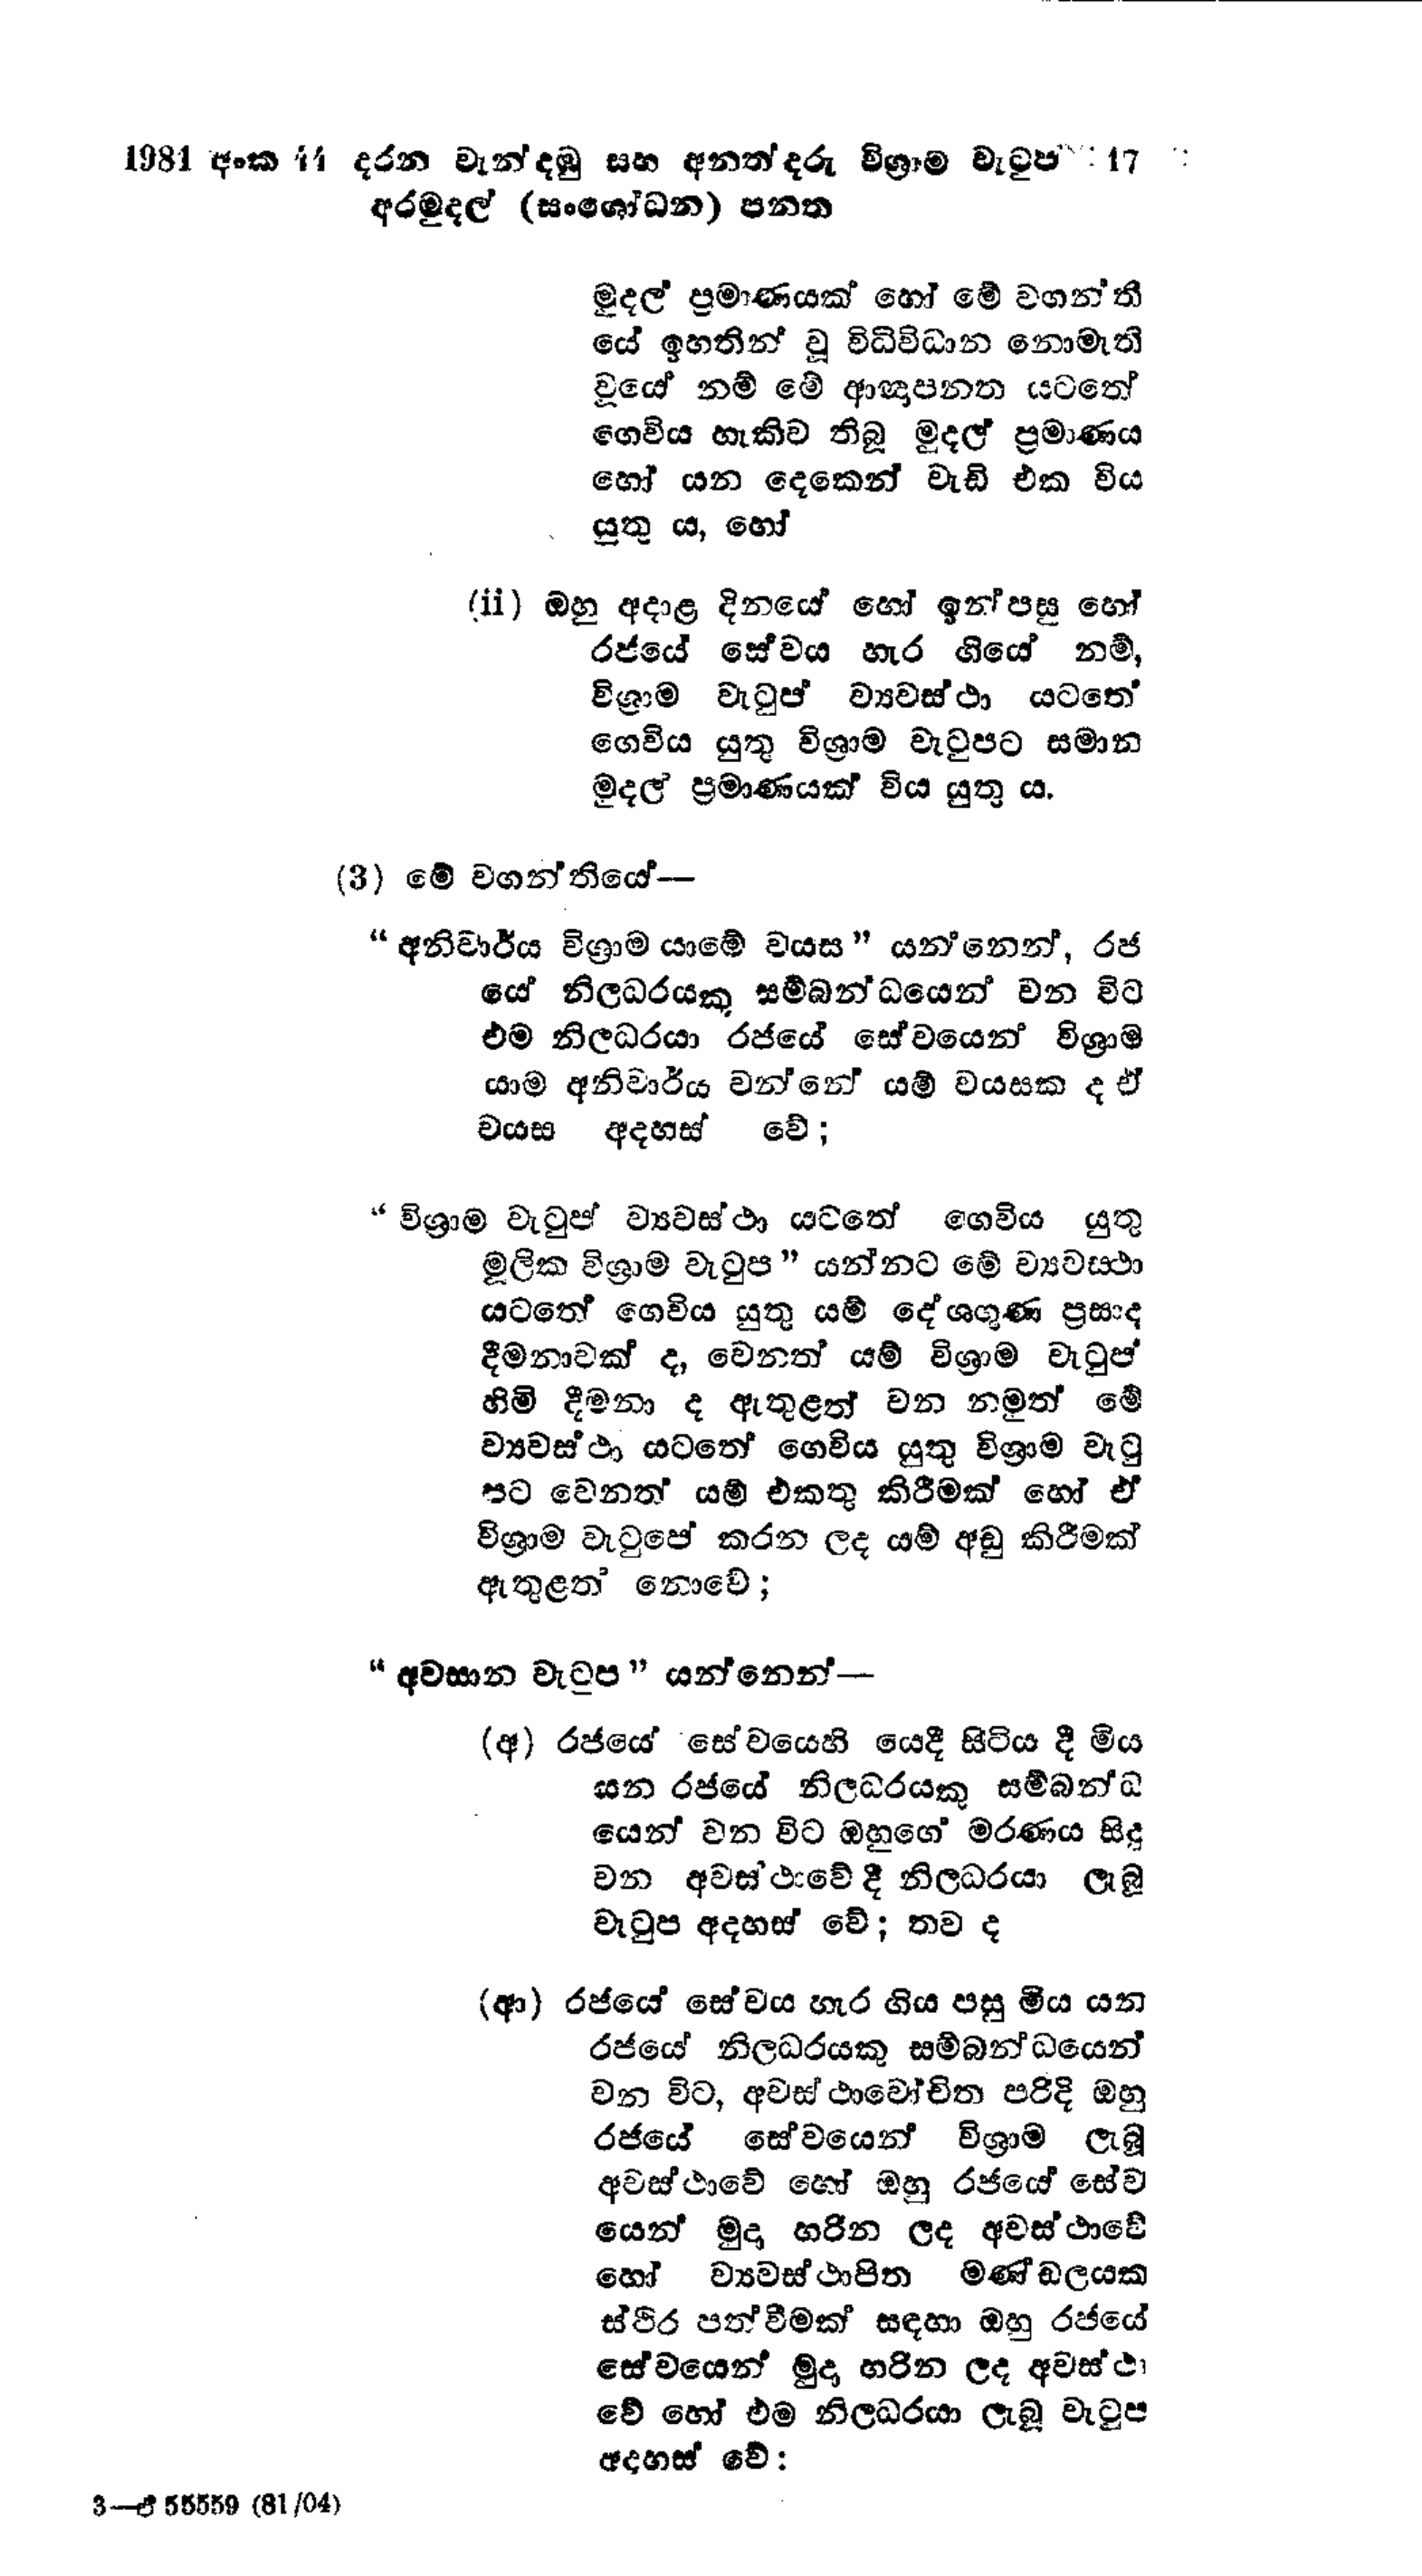
1981 අංක 11 දරන වැන්දඹු සහ අනත්දරු විශ්‍රාම වැටුප් 	17
අරමුදල් (සංශෝධන) පනත

මුදල් ප්‍රමාණයක් හෝ මේ වගන්තී
යේ ඉහතින් වු විධිවිධාන නොමැති
වූයේ නම් මේ ආඥාපනත යටතේ
ගෙවිය හැකිව තිබූ මුදල් ප්‍රමාණය
හෝ යන දෙකෙන් වැඩි එක විය
යුතු ය, හෝ

(ii) ඔහු අදාළ දිනයේ හෝ ඉන්පසු හෝ
රජයේ සේවය හැර ගියේ නම්,
විශ්‍රාම වැටුප් ව්‍යවස්ථා යටතේ
ගෙවිය යුතු විශ්‍රාම වැටුපට සමාන
මුදල් ප්‍රමාණයක් විය යුතුය.

(3) මේ වගන්තියේ-

"අනිවාර්ය විශ්‍රාම යාමේ වයස" යන්නෙන්, රජ
යේ නිලධරයකු සම්බන්ධයෙන් වන විට
එම නිලධරයා රජයේ සේවයෙන් විශ්‍රාම
යාම අනිවාර්ය වන්නේ යම් වයසක ද ඒ
වයස අදහස් වේ;

"විශ්‍රාම වැටුප් ව්‍යවස්ථා යටතේ ගෙවිය යුතු
මූලික විශ්‍රාම වැටුප " යන්නට මේ ව්‍යවස්ථා
යටතේ ගෙවිය යුතු යම් දේශගුණ ප්‍රසාද
දීමනාවක් ද, වෙනත් යම් විශ්‍රාම වැටුප්
හිමි දීමනා ද ඇතුළත් වන නමුත් මේ
ව්‍යවස්ථා යටතේ ගෙවිය යුතු විශ්‍රාම වැටු
පට වෙනත් යම් එකතු කිරීමක් හෝ ඒ
විශ්‍රාම වැටුපේ කරන ලද යම් අඩු කිරීමක්
ඇතුළත් නොවේ;

"අවසාන වැටුප" යන්නෙන් -

(අ) රජයේ සේවයෙහි යෙදී සිටිය දී මිය
යන රජයේ නිලධරයකු සම්බන්ධ
යෙන් වන විට ඔහුගේ මරණය සිදු
වන අවස්ථාවේ දී නිලධරයා ලැබූ
වැටුප අදහස් වේ; තව ද

(ආ) රජයේ සේවය හැර ගිය පසු මිය යන
රජයේ නිලධරයකු සම්බන්ධයෙන්
වන විට, අවස්ථාවෝචිත පරිදි ඔහු
රජයේ සේවයෙන් විශ්‍රාම ලැබූ
අවස්ථාවේ හෝ ඔහු රජයේ සේව
යෙන් මුදා හරින ලද අවස්ථාවේ
හෝ ව්‍යවස්ථාපිත මණ්ඩලයක
ස්ථිර පත්වීමක් සඳහා ඔහු රජයේ
සේවයෙන් මුදා හරින ලද අවස්ථා
වේ හෝ එම නිලධරයා ලැබූ වැටුප
අදහස් වේ:

3-ඒ 55559 (81/04)